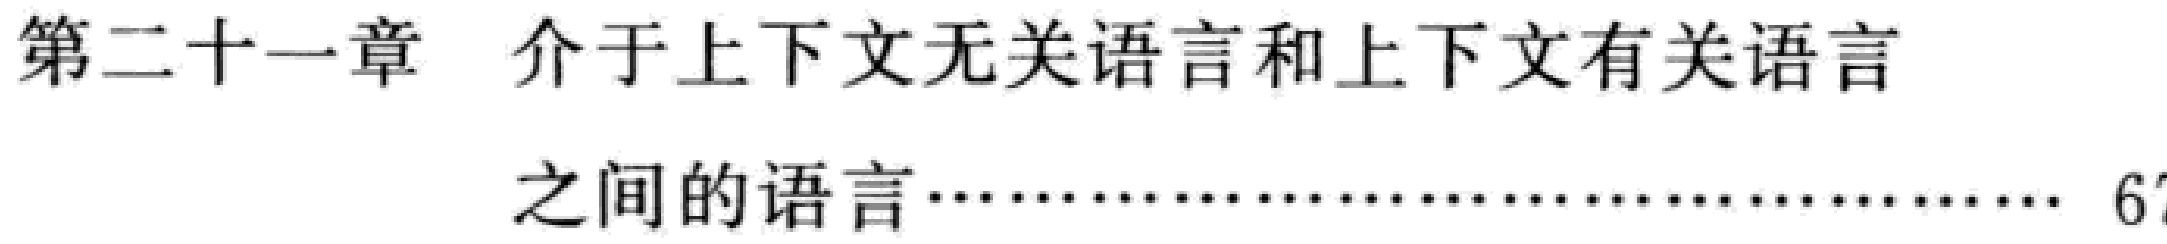
第二十一章 介于上下文无关语言和上下文有关语言

之间的语言…… 6